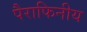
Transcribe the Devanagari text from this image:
पैराफिनीय